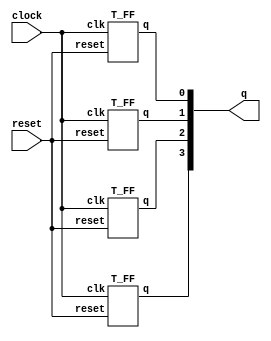
// Code your design here
module ripple_carry_counter(q, clock, reset);
output [3:0] q; 
input clock, reset; 

T_FF tff0(q[0], clock, reset); 
T_FF tff1(q[1], clock, reset);   
T_FF tff2(q[2], clock, reset); 
T_FF tff3(q[3], clock, reset); 
endmodule

module T_FF(q, clk, reset); 
output q; 
input clk, reset;
wire d; 
D_FF d1(q, d, clk, reset); 
not n1(d, q); 
endmodule 

module D_FF(q, d, clk, reset);
output q; 
input d, clk, reset; 
reg q; 
always @ (posedge reset or negedge clk)  
if(reset)   
q = 1'b0; 
else  
q = d; 

initial begin
  $dumpvars(1);
  $dumpfile("dump.vcd");
end
endmodule